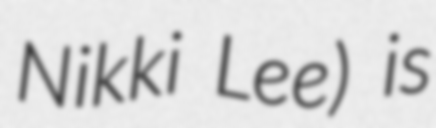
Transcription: Nikki Lee) is